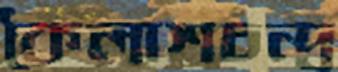
কৈলাশচন্দ্র